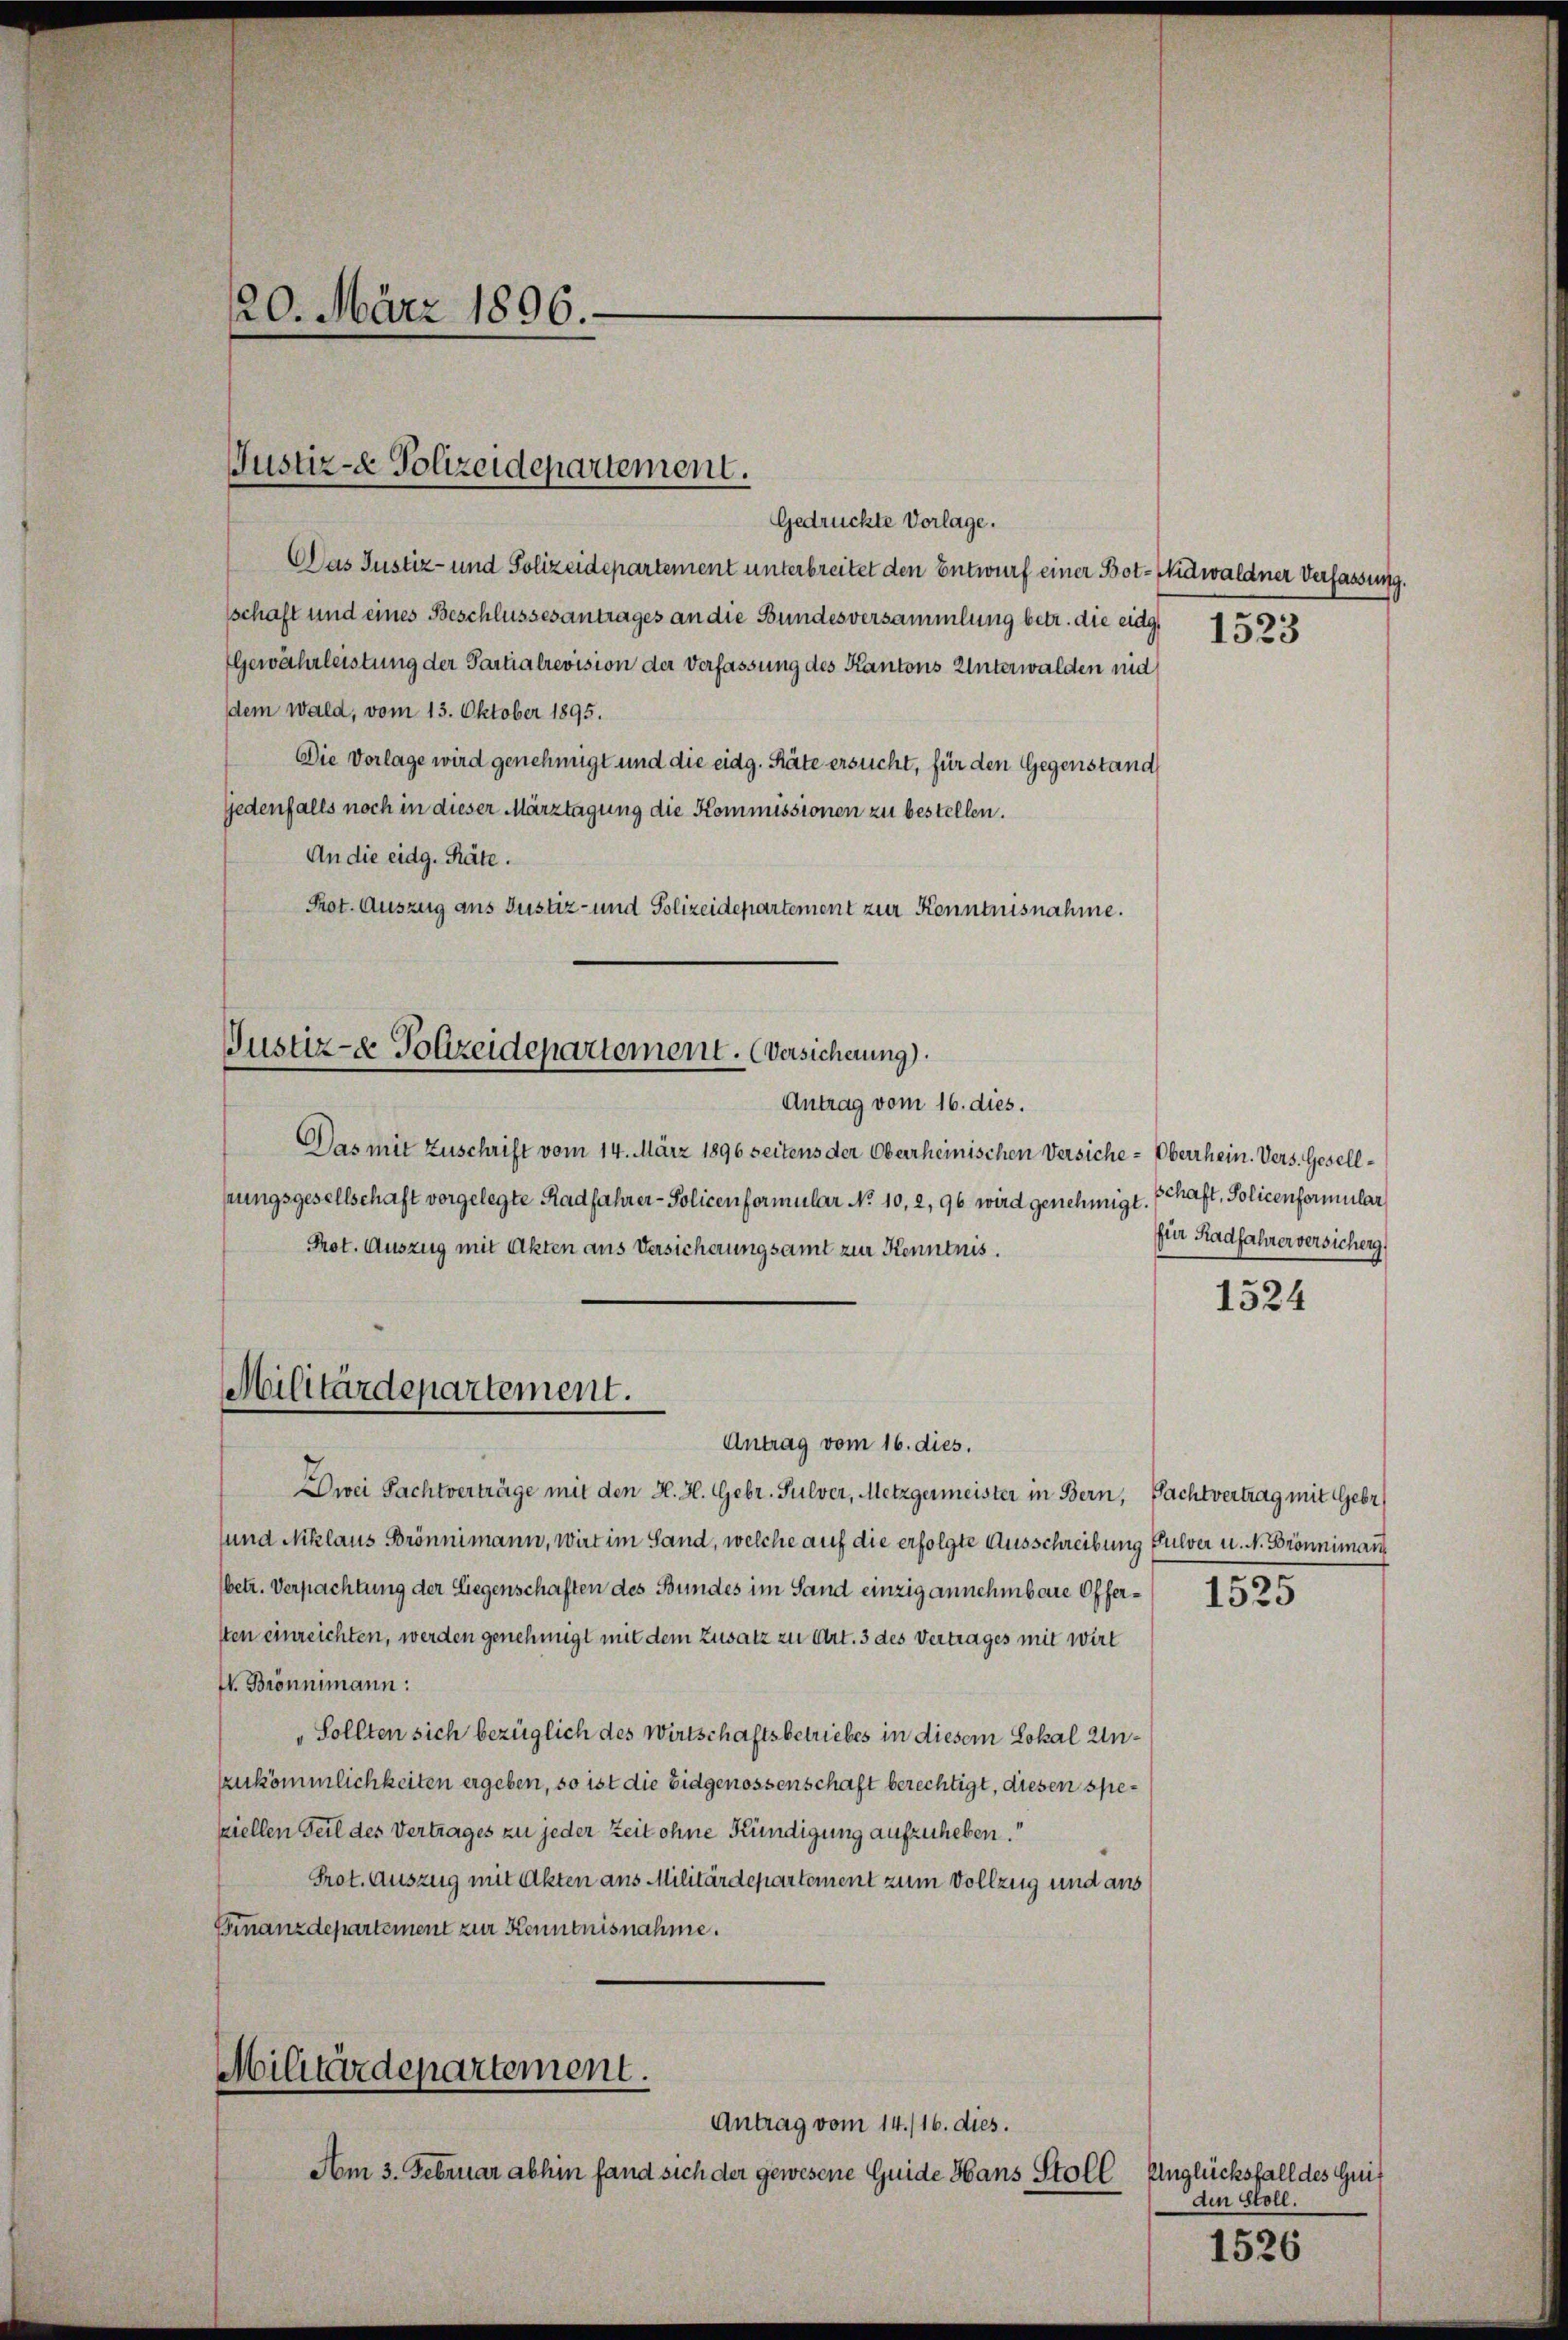
Gedrückte Vorlage.
Das Justiz- und Polizeidepartement unterbreitet den Entwurf einer Bot-Nidwaldner Verfassung.
schaft und eines Beschlussesantrages an die Bundesversammlung betr. die eidg
Gewährleistung der Partialrevision der Verfassung des Kantons Unterwalden und
dem Wald, vom 13. Oktober 1895.
Die Vorlage wird genehmigt und die eidg. Räte ersucht, für den Gegenstand
jedenfalls noch in dieser Märztagung die Kommissionen zu bestellen.
An die eidg. Räte.
Prot. Auszug aus Justiz- und Polizeidepartement zur Kenntnisnahme.

20. März 1896.

Justiz- & Polizeidepartement.

Justiz- & Polizeidepartement. Versicherung).
Antrag vom 16. dies.

Das mit Zuschrift vom 14. März 1896 seitens der Oberrheinischen Versiche-Oberrhein. Vers. Gesellhrungsgesellschaft vorgelegte Radfahrer-Policenformular No 10. 2, 96 wird genehmigt. Schaft, Policenformular
Prot. Auszug mit Akten aus Versicherungsamt zur Kenntnis.
Antrag vom 16. dies.
Dwei Pachtverträge mit den H. H. Gebr. Pulver, Metzgermeister in Bern, Pachtvertrag mit Gebr
und Niklaus Brönnimann, wirt im Sand, welche auf die erfolgte Ausschreibung Gulver u. s. Brönnimann
(betr. Verpachtung der Liegenschaften des Bundes im Sand einzig annehmbare Offersten einreichten, werden genehmigt mit dem Zusatz zu Art. 3 des Vertrages mit wirt
f. Brönnimann:
„Sollten sich bezüglich des Wirtschaftsbetriebes in diesem Lokal Unzukömmlichkeiten ergeben, so ist die Eidgenossenschaft berechtigt, diesen spesziellen Teil des Vertrages zu jeder Zeit ohne Kündigung aufzuheben.
Prot. Auszug mit Akten aus Militärdepartement zum Vollzug und aus
Finanzdepartement zur Kenntnisnahme.

Militärdepartement.

Militärdepartement.
Antrag vom 14./16. dies.

Am 3. Februar abhin fand sich der gewesene Guide Hans Stoll Unglücksfall des Grif

1523

für Radfahrer versicherg.

1524

1525

den Stoll.

1526